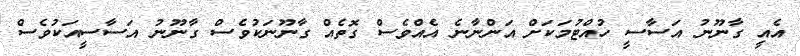
އެއީ ގާނޫނު އަސާސީ ހުއްޓުމަކަށް އަންނާނެ އެއްވެސް ގޮތެއް ގާނޫނަކުވެސް ގާނޫނު އަސާސީއަކުވެސް